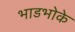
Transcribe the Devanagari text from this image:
भाडभोके